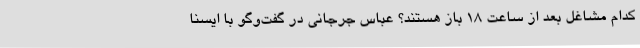
کدام مشاغل بعد از ساعت 18 باز هستند؟ عباس جرجانی در گفت‌وگو با ایسنا